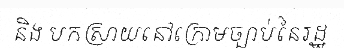
និង បកស្រាយនៅក្រោមច្បាប់នៃរដ្ឋ